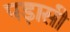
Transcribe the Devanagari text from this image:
पड़ासी